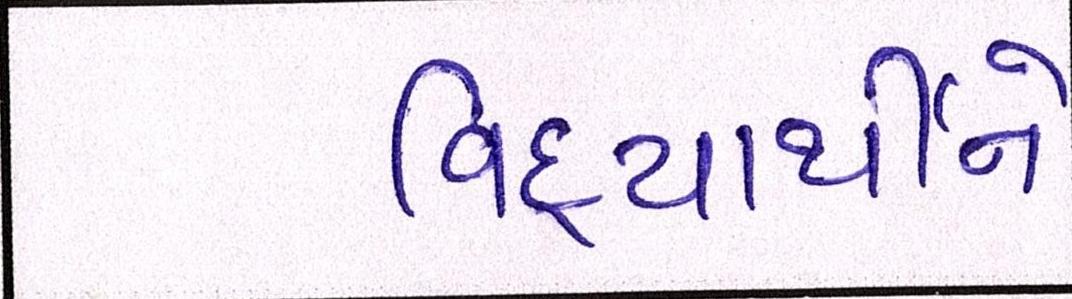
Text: વિદ્યાર્થીને